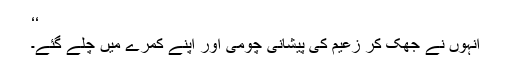
‘‘
انہوں نے جھک کر زعیم کی پیشانی چومی اور اپنے کمرے میں چلے گئے۔